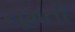
ચૂમતી